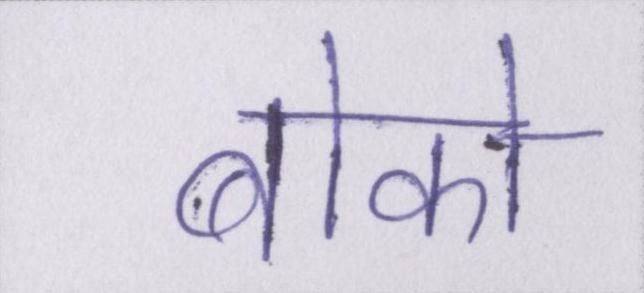
बोको